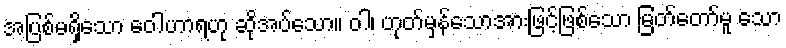
အပြစ်မရှိသော ဝေါဟာရဟု ဆိုအပ်သော။ ဝါ၊ ဟုတ်မှန်သောအားဖြင့်ဖြစ်သော မြတ်တော်မူ သော